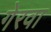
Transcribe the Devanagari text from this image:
गेरवा